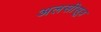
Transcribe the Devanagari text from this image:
अलसीसूत्र